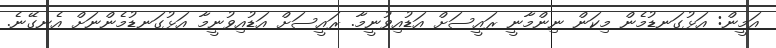
އަމީން: އަޅުގަނޑުމެން މިކަން ނިންމާނީ ރައީސަށް އަޑުއިވުނީމާ. ރައީސަށް އަޑުއިވުނީމާ އަޅުގަނޑުމެންނަށް އެނގޭނެ.